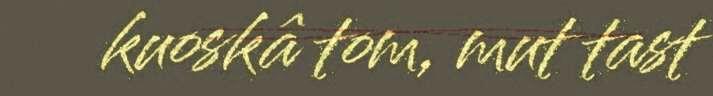
kuoskâ tom, mut tast